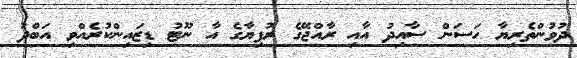
ދުވުންތެރިޔާ ހަސަން ސާއިދު އާއި ރާއްޖޭގެ ރުފިޔާގެ އާ ނޫޓު ޑިޒައިންކުރެއްވި އަބްދު